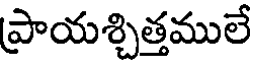
ప్రాయశ్చిత్తములే